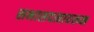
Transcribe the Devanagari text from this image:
सभासदत्वावरून